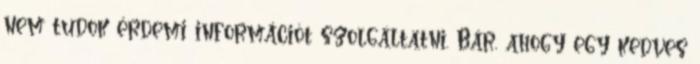
nem tudok érdemi információt szolgáltatni. Bár, ahogy egy kedves